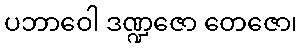
ပဘာဝေါ ဒဏ္ဍဇော တေဇော၊